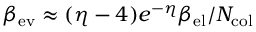
\beta _ { \mathrm { e v } } \approx ( \eta - 4 ) e ^ { - \eta } \beta _ { \mathrm { e l } } / N _ { \mathrm { c o l } }